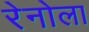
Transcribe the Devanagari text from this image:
रेनोला